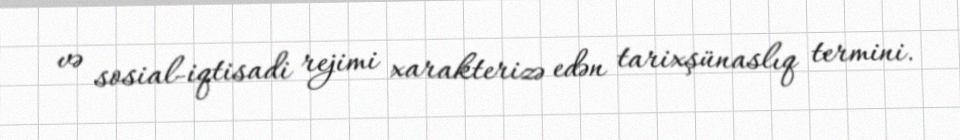
və sosial-iqtisadi rejimi xarakterizə edən tarixşünaslıq termini.